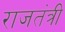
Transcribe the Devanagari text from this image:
राजतंत्री